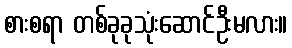
စားစရာ တစ်ခုခုသုံးဆောင်ဦးမလား။